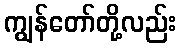
ကျွန်တော်တို့လည်း